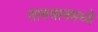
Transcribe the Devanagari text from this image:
तायवानमध्ये